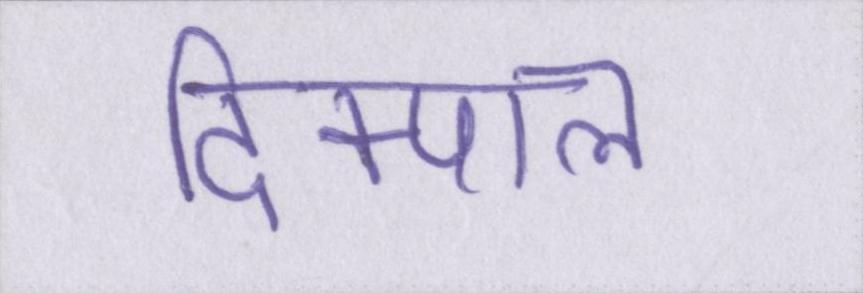
दिक्पाल